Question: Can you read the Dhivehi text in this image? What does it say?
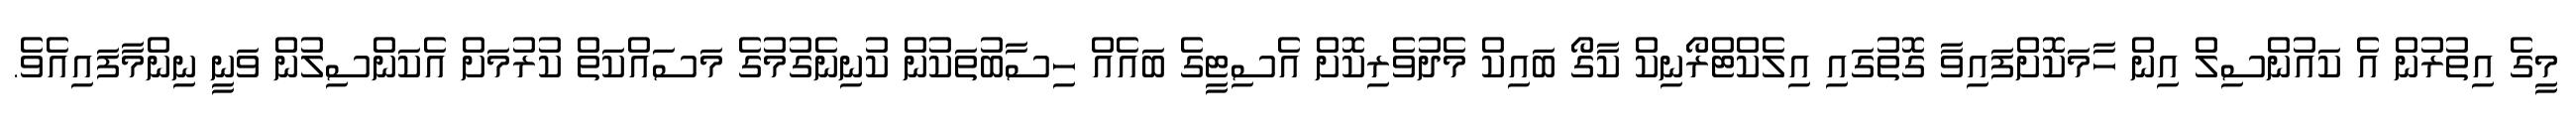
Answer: މީގެ އިތުރުން އެ ކައުންސިލް އިން ހާމަކޮށްފައިވާ ގޮތުގައި އިލެކްޓްރޯނިކް ކާގޯ ބައިކް މެދުވެރިކޮށް އެސިޓީގެ ބައެއް ހިސާބުތަކުން ކުނިނެގުމުގެ މަސައްކަތް ކުރުމަށް އެކަންސިލުން ވަނީ ނިންމާފައިއެވެ.